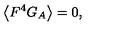
\left\langle F ^ { 4 } G _ { A } \right\rangle = 0 ,